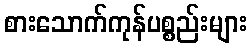
စားသောက်ကုန်ပစ္စည်းများ